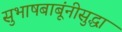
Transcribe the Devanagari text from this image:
सुभाषबाबूंनीसुद्धा